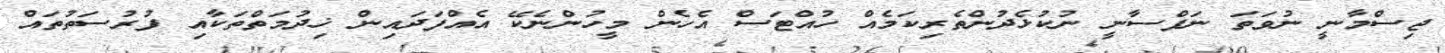
ޖިސްމާނީ ނުވަތަ ނަފްސާނީ ނުކުޅެދުންތެރިކަމެއް ހުއްޓަސް އެހެން މީހުންނެކޭ އެއްފަދައިން ޚިދުމަތްތަކާއި ފުރުސަތުތައް